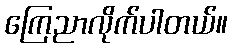
ကြေညာလိုက်ပါတယ်။